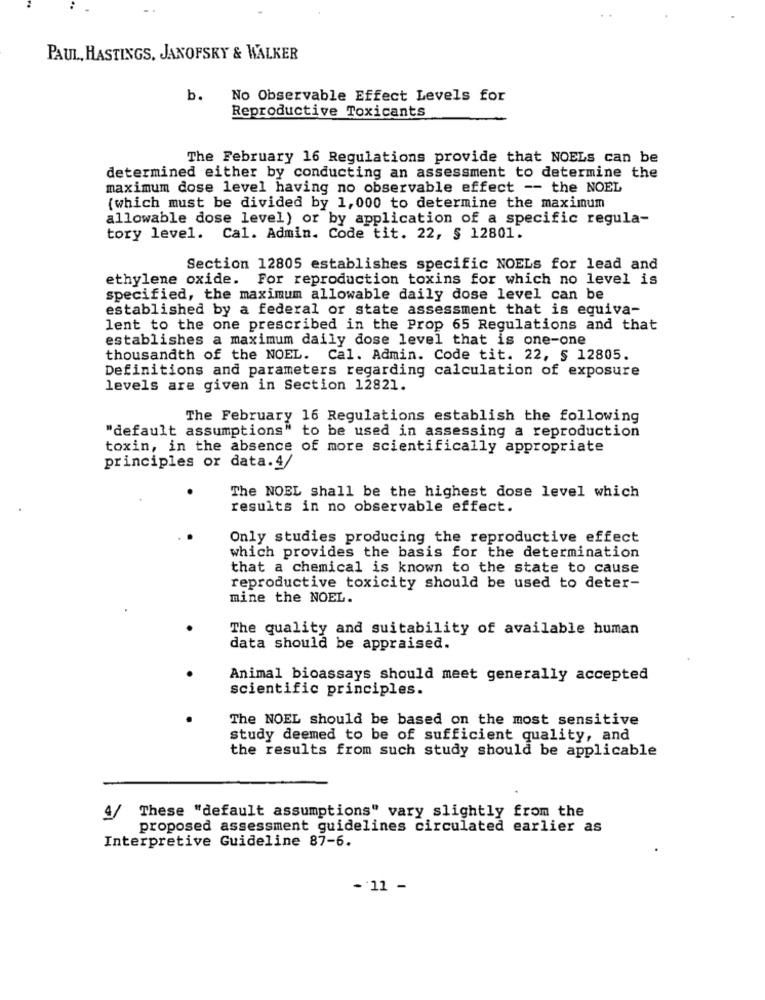
PAUL, HASTINGS, JANOFSKY & WALKER
b.
No Observable Effect Levels for
Reproductive Toxicants
The February 16 Regulations provide that NOELs can be
determined either by conducting an assessment to determine the
maximum dose level having no observable effect -- the NOEL
(which must be divided by 1,000 to determine the maximum
allowable dose level) or by application of a specific regula-
tory level. Cal. Admin. Code tit. 22, § 12801.
Section 12805 establishes specific NOELs for lead and
ethylene oxide. For reproduction toxins for which no level is
specified, the maximum allowable daily dose level can be
established by a federal or state assessment that is equiva-
lent to the one prescribed in the Prop 65 Regulations and that
establishes a maximum daily dose level that is one-one
thousandth of the NOEL. Cal. Admin. Code tit. 22, § 12805.
Definitions and parameters regarding calculation of exposure
levels are given in Section 12821.
The February 16 Regulations establish the following
"default assumptions" to be used in assessing a reproduction
toxin, in the absence of more scientifically appropriate
principles or data.4/
The NOEL shall be the highest dose level which
results in no observable effect.
Only studies producing the reproductive effect
which provides the basis for the determination
that a chemical is known to the state to cause
reproductive toxicity should be used to deter-
mine the NOEL.
The quality and suitability of available human
data should be appraised.
Animal bioassays should meet generally accepted
scientific principles.
The NOEL should be based on the most sensitive
study deemed to be of sufficient quality, and
the results from such study should be applicable
4/ These "default assumptions" vary slightly from the
proposed assessment guidelines circulated earlier as
Interpretive Guideline 87-6.
- 11 -